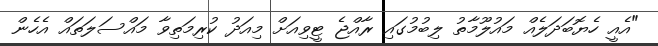
"އެއީ ހެޔޮބަދަލެއް މައުލޫމާތު ލިބުމުގައި ރާއްޖެ ޓީވިއަށް މިއަދު ކުރިމަތިވާ މައްސަލަތައް އެހެން